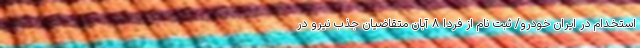
استخدام در ایران خودرو/ ثبت نام از فردا ۸ آبان متقاضیان جذب نیرو در